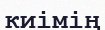
киімің